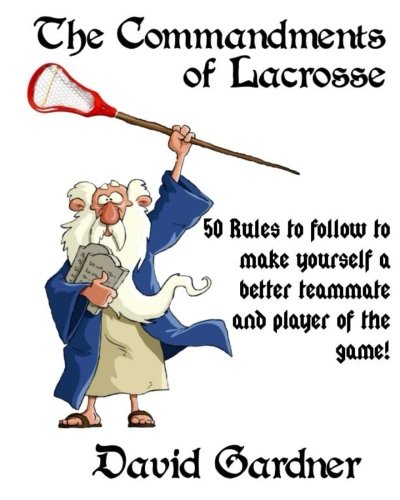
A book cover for The Commandments of Lacrosse; David Gardner; Sports & Outdoors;